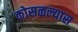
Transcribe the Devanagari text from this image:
कोसळल्यास